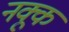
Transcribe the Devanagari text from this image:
नक्कू